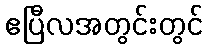
ဧပြီလအတွင်းတွင်